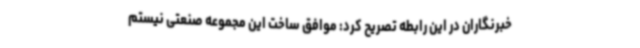
خبرنگاران در این رابطه تصریح کرد: موافق ساخت این مجموعه صنعتی نیستم